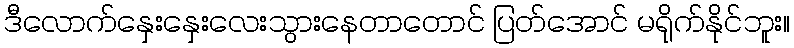
ဒီလောက်နှေးနှေးလေးသွားနေတာတောင် ပြတ်အောင် မရိုက်နိုင်ဘူး။